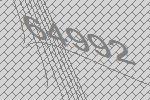
64992